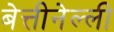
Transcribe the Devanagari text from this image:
बेत्तीनेल्ली